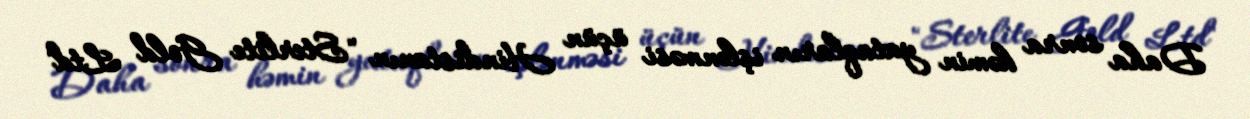
Daha sonra həmin yataqların işlənməsi üçün Hindistanın "Sterlite Gold Ltd"